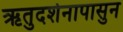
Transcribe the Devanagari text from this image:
ऋतुदर्शनापासुन